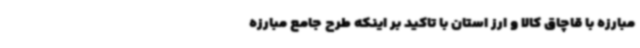
مبارزه با قاچاق کالا و ارز استان با تاکید بر اینکه طرح جامع مبارزه